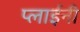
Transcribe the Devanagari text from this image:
प्लाईनी